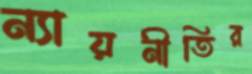
ন্যায়নীতির